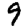
Digit: 9